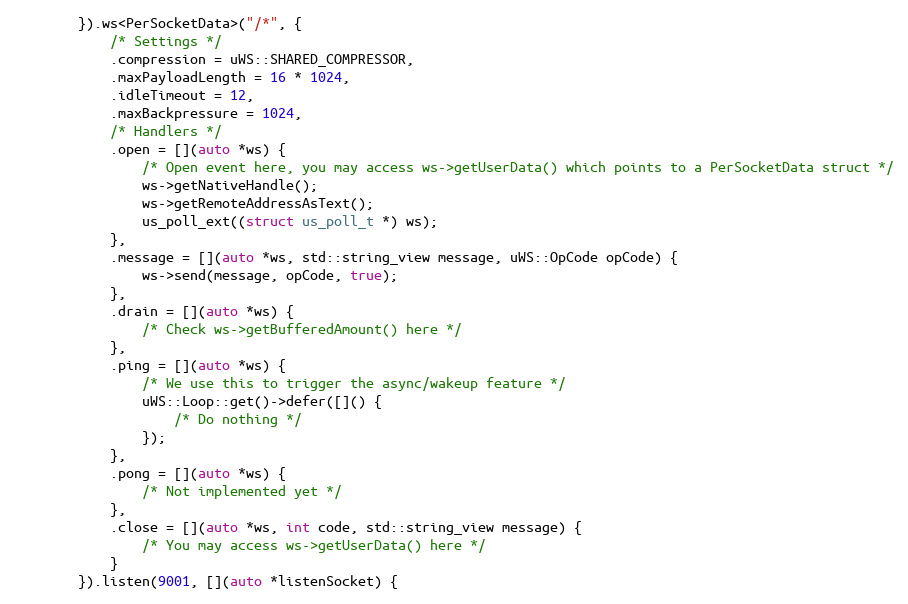
Language: C++
        }).ws<PerSocketData>("/*", {
            /* Settings */
            .compression = uWS::SHARED_COMPRESSOR,
            .maxPayloadLength = 16 * 1024,
            .idleTimeout = 12,
            .maxBackpressure = 1024,
            /* Handlers */
            .open = [](auto *ws) {
                /* Open event here, you may access ws->getUserData() which points to a PerSocketData struct */
                ws->getNativeHandle();
                ws->getRemoteAddressAsText();
                us_poll_ext((struct us_poll_t *) ws);
            },
            .message = [](auto *ws, std::string_view message, uWS::OpCode opCode) {
                ws->send(message, opCode, true);
            },
            .drain = [](auto *ws) {
                /* Check ws->getBufferedAmount() here */
            },
            .ping = [](auto *ws) {
                /* We use this to trigger the async/wakeup feature */
                uWS::Loop::get()->defer([]() {
                    /* Do nothing */
                });
            },
            .pong = [](auto *ws) {
                /* Not implemented yet */
            },
            .close = [](auto *ws, int code, std::string_view message) {
                /* You may access ws->getUserData() here */
            }
        }).listen(9001, [](auto *listenSocket) {